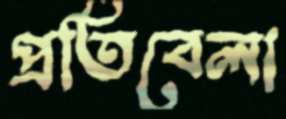
প্রতিবেলা